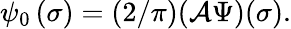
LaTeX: \psi_{0}\left(\sigma\right)=\left(2/\pi\right)(\mathcal{A}\Psi)(\sigma).